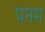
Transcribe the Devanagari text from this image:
पनम